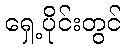
ရှေ့ပိုင်းတွင်